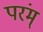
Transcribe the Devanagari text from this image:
परंम्